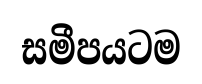
සමීපයටම